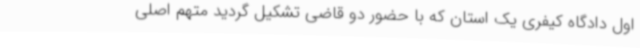
اول دادگاه کیفری یک استان که با حضور دو قاضی تشکیل گردید متهم اصلی